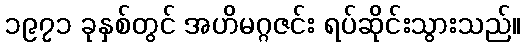
၁၉၇၁ ခုနှစ်တွင် အဟိမဂ္ဂဇင်း ရပ်ဆိုင်းသွားသည်။